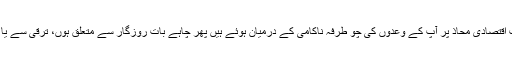
اور یہ سارے سیاسی واقعات اقتصادی مَحاذ پر آپ کے وعدوں کی چو طرفہ ناکامی کے درمیان ہوئے ہیں پھر چاہے بات روزگار سے متعلق ہوں، ترقی سے یا پھر کسانوں کی آمدنی سے۔